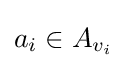
a_{i}\in A_{v_{i}}